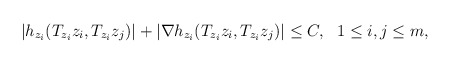
\begin{align*}|h_{z_i}(T_{z_i}z_i, T_{z_i}z_j)|+|\nabla h_{z_i}(T_{z_i}z_i, T_{z_i}z_j)|\le C, \ \ 1\leq i,j\leq m,\end{align*}